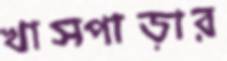
খাসপাড়ার